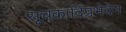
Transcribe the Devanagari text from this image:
सूचकादिप्रभेदेन